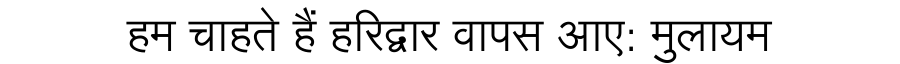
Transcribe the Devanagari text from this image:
हम चाहते हैं हरिद्वार वापस आए: मुलायम